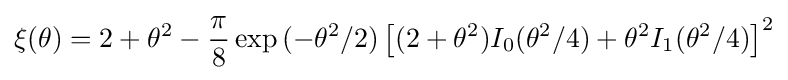
\xi {\left(\theta \right)}=2+\theta ^{2}-{\frac {\pi }{8}}\exp {(-\theta ^{2}/2)}\left[(2+\theta ^{2})I_{0}(\theta ^{2}/4)+\theta ^{2}I_{1}(\theta ^{2}/4)\right]^{2}